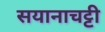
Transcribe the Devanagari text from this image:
सयानाचट्टी